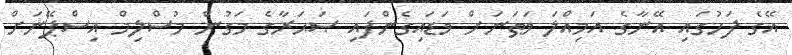
އޭގެ ފަހުގައި އޭނާގެ އަމިއްލަ ވަޠަނަށް ވަޑައިގެންފައި ޞަޙަރާގެ މަގުން މުސްލިމް އިސްޕޭނަށް